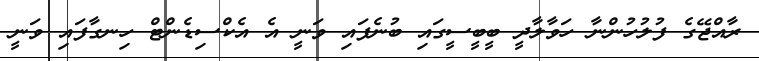
ރާއްޖޭގެ ފުލުހުންނާ ހަވާލާދީ ބީބީސީގައި ބުނެފައި ވަނީ އެ އެކްސިޑެންޓް ހިނގާފައި ވަނީ